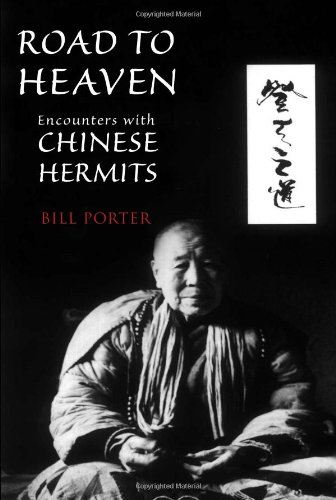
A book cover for Road to Heaven: Encounters with Chinese Hermits; Bill Porter; Biographies & Memoirs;